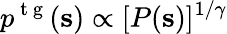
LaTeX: p^{\mathrm{~t~g~}}(\mathbf{s})\propto[P(\mathbf{s})]^{1/\gamma}